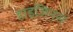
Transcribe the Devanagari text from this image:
हाइजिनस